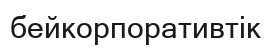
бейкорпоративтік